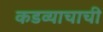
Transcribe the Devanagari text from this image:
कडव्याचाची